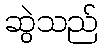
ဆွဲသည်